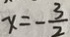
x = - \frac { 3 } { 2 }